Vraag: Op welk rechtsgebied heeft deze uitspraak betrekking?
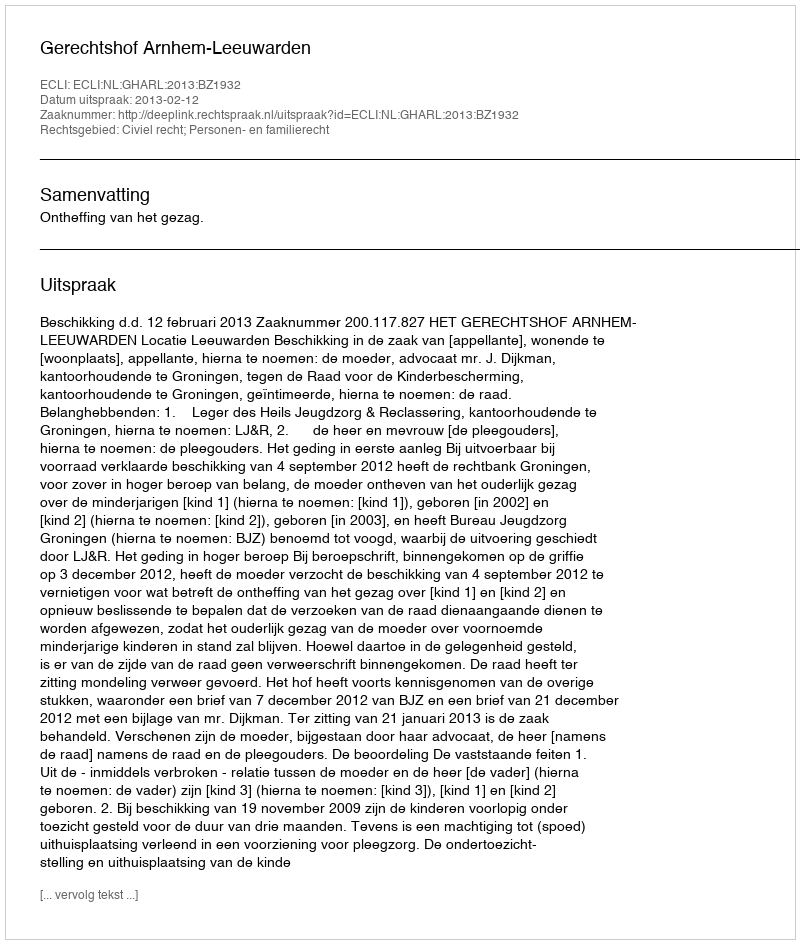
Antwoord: Civiel recht; Personen- en familierecht